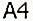
A4